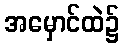
အမှောင်ထဲ၌